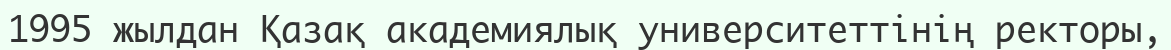
1995 жылдан Қазақ академиялық университеттінің ректоры,